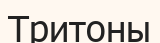
Тритоны